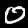
Digit: 0